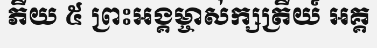
ភីយ ៥ ព្រះអង្គម្ចាស់ក្សត្រីយ៍ អគ្គ